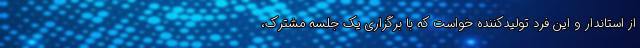
از استاندار و این فرد تولیدکننده خواست که با برگزاری یک جلسه مشترک،